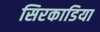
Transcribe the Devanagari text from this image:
सिरकाडिया